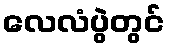
လေလံပွဲတွင်